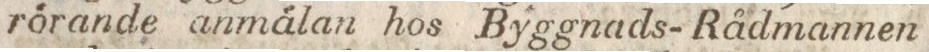
rörande anmälan hos Byggnads-Rådmannen